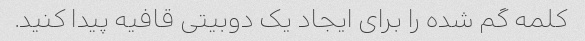
کلمه گم شده را برای ایجاد یک دوبیتی قافیه پیدا کنید.